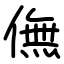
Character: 㒇